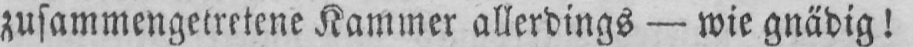
zusammengetretene Kammer allerdings - wie gnädig!